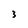
Character: 3